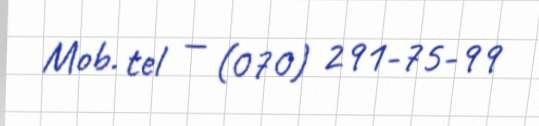
Mob. tel — (070) 291-75-99